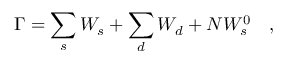
\Gamma = \sum _ { s } W _ { s } + \sum _ { d } W _ { d } + N W _ { s } ^ { 0 } ~ ~ ~ ,